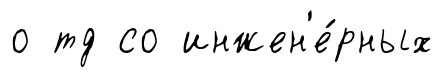
о тд со инжен'е́рных